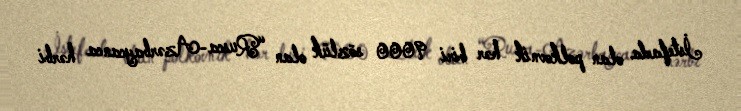
İstefada olan polkovnik hər biri 9000 sözlük olan “Rusca-Azərbaycanca hərbi